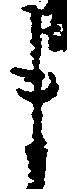
ま